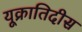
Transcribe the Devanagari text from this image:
यूक्रातिदीस